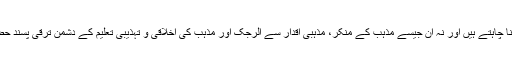
اور اقبال کا یہی وہ جرم ہے جسے نہ سرور صاحب بخشنا چاہتے ہیں اور نہ ان جیسے مذہب کے منکر، مذہبی اقدار سے الرجک اور مذہب کی اخلاقی و تہذیبی تعلیم کے دشمن ترقی پسند حضرات انھیں عالمی ادب میں کوئی مقام دینے کو تیار ہیں۔